Scientific memoirs by medical officers of the Army of India - Part XII,
Year: 1901
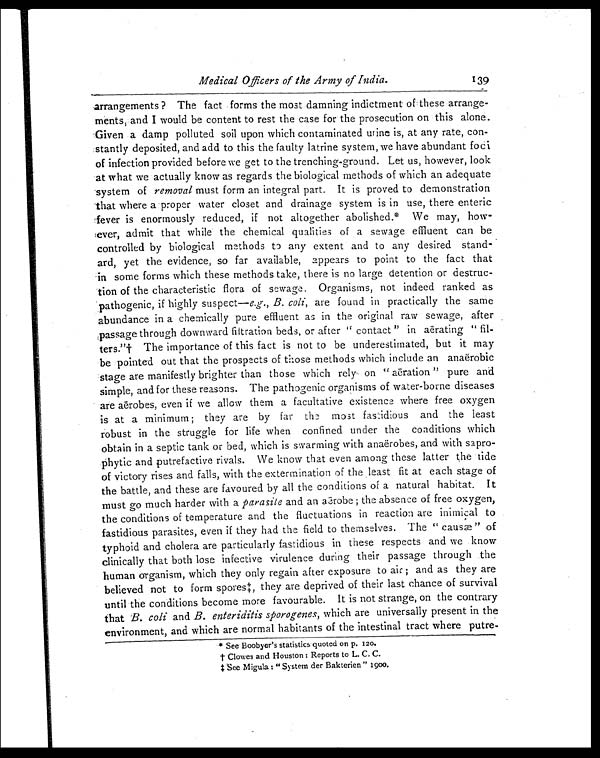
Medical Officers of the Army of India.
arrangements? The fact forms the most damning indictment of these arrange
-ments, and I would be content to rest the case for the prosecution on this alone.
Given a damp polluted soil upon which contaminated urine is, at any rate, con
-stantly deposited, and add to this the faulty latrine system, we have abundant foci
of infection provided before we get to the trenching-ground. Let us, however, look
at what we actually know as regards the biological methods of which an adequate
system of removal must form an integral part. It is proved to demonstration
that where a proper water closet and drainage system is in use, there enteric
fever is enormously reduced, if not altogether abolished.* We may, how
-ever, admit that while the chemical qualities of a sewage effluent can be
controlled by biological methods to any extent and to any desired stand
-ard, yet the evidence, so far available, appears to point to the fact that
in some forms which these methods take, there is no large detention or destruc--
tion of the characteristic flora of sewage. Organisms, not indeed ranked as
pathogenic, if highly suspect—e.g., B. coli,a r e f o u n d i n p r a c t i c a l l y t h e s a m e
abundance in a chemically pure effluent as in the original raw sewage, after
passage through downward filtration beds, or after "contact" in aërating "fil--
ters."† The importance of this fact is not to be underestimated, but it may
be pointed out that the prospects of those methods which include an anaërobic
stage are manifestly brighter than those which rely on "aëration" pure and
simple, and for these reasons. The pathogenic organisms of water-borne diseases
are aërobes, even if we allow them a facultative existence where free oxygen
is at a minimum; they are by far the most fastidious and the least
robust in the struggle for life when confined under the conditions which
obtain in a septic tank or bed, which is swarming with anaërobes, and with sapro--
phytic and putrefactive rivals. We know that even among these latter the tide
of victory rises and falls, with the extermination of the least fit at each stage of
the battle, and these are favoured by all the conditions of a natural habitat. It
must go much harder with a parasite and an aërobe; the absence of free oxygen,
the conditions of temperature and the fluctuations in reaction are inimical to
fastidious parasites, even if they had the field to themselves. The "causæ" of
typhoid and cholera are particularly fastidious in these respects and we know
clinically that both lose infective virulence during their passage through the
human organism, which they only regain after exposure to air; and as they are
believed not to form spores‡, they are deprived of their last chance of survival
until the conditions become more favourable. It is not strange, on the contrary
that B. coli and B. enteriditis sporogenes, which are universally present in the
environment, and which are normal habitants of the intestinal tract where putre
-
* See Boobyer's statistics quoted on p. 120.
†
C l o w e s a n d H o u s t o n : R e p o r t s t o L .
C . C .
‡ S e e M i g u l a : " S y s t e m d e r B a k t e r i e n " 1 9 0 0 .
139